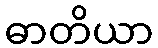
ဓာတိယာ